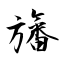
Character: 旛